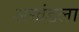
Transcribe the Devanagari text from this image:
अखंडला